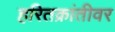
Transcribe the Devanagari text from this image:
हरितक्रांतीवर